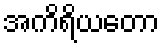
အကိရိယတော